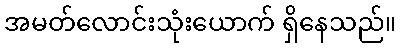
အမတ်လောင်းသုံးယောက် ရှိနေသည်။